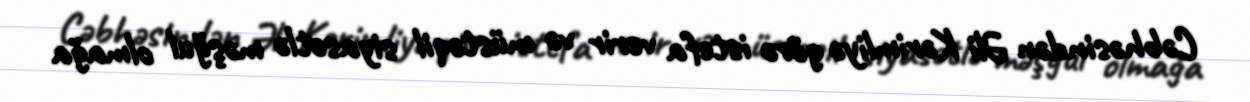
Cəbhəsindən Əli Kərimliyə görə istefa verir və müstəqil siyasətlə məşğul olmağa